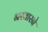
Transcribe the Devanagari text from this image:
नखारने